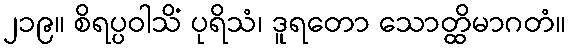
၂၁၉။ စိရပ္ပဝါသိံ ပုရိသံ၊ ဒူရတော သောတ္ထိမာဂတံ။